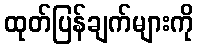
ထုတ်ပြန်ချက်များကို